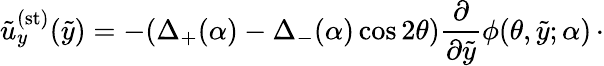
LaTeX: \tilde{u}_{y}^{\mathrm{(st)}}(\tilde{y})=-(\Delta_{+}(\alpha)-\Delta_{-}(\alpha)\cos 2\theta)\frac{\partial}{\partial\tilde{y}}\phi(\theta,\tilde{y};\alpha)\, \cdot